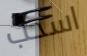
اسحب